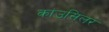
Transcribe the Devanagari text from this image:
कांउसिलर